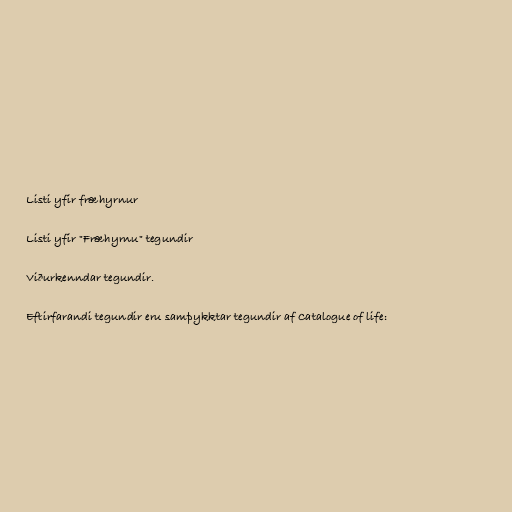
Listi yfir fræhyrnur

Listi yfir "Fræhyrnu" tegundir

Viðurkenndar tegundir.

Eftirfarandi tegundir eru samþykktar tegundir af Catalogue of life: